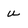
Character: u